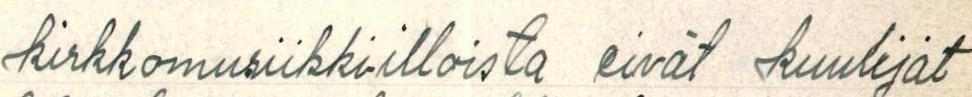
Kirkkomusikki-illoista eivät kuulijat